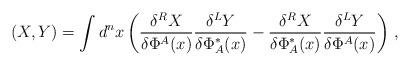
LaTeX: \begin{align*}(X,Y)=\int d^nx\left( \frac{\delta^RX}{\delta\Phi^A(x)}\frac{\delta^LY}{\delta\Phi_A^*(x)} -\frac{\delta^RX}{\delta\Phi_A^*(x)}\frac{\delta^LY}{\delta\Phi^A(x)}\right)\,,\end{align*}